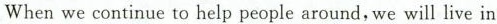
When we continue to help people around, we will live in